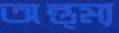
অন্ত্ম্য